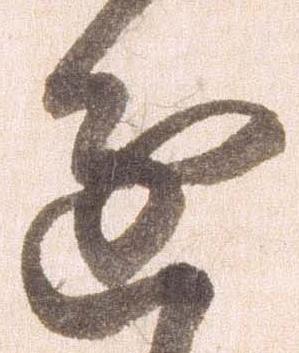
進